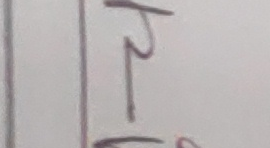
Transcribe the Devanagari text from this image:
र